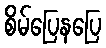
စိမ်ပြေနပြေ